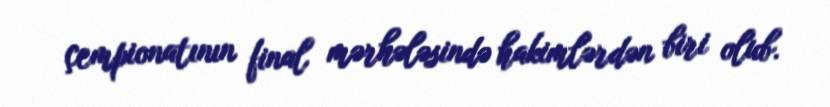
çempionatının final mərhələsində hakimlərdən biri olub.